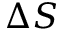
\Delta S